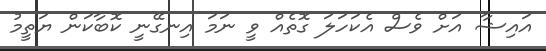
އައިޝާ އަށް ވެސް އެކަހަލަ ގޮތެެެއް ވީ ނަމަ އިނގޭނީ ކޮބާކަން ޔަތީމު